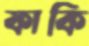
ফাকি